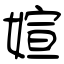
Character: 媗